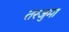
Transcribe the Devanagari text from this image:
तरजुमा